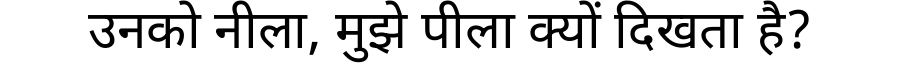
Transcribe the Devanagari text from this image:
उनको नीला, मुझे पीला क्यों दिखता है?